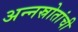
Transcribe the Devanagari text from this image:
अन्नस्रोतांची